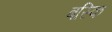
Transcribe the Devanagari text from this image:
बस्कि